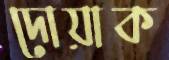
দোয়াক